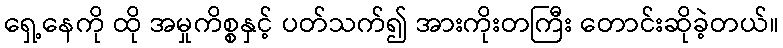
ရှေ့နေကို ထို အမှုကိစ္စနှင့် ပတ်သက်၍ အားကိုးတကြီး တောင်းဆိုခဲ့တယ်။